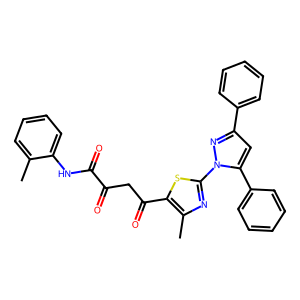
SMILES: Cc1ccccc1NC(=O)C(=O)CC(=O)c1sc(-n2nc(-c3ccccc3)cc2-c2ccccc2)nc1C
Inhibits HIV replication: No